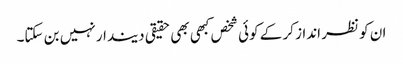
ان کو نظر انداز کر کے کوئی شخص کبھی بھی حقیقی دیندار نہیں بن سکتا۔